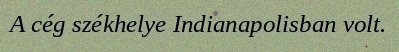
A cég székhelye Indianapolisban volt.